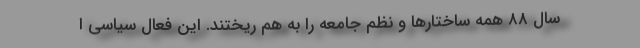
سال ۸۸ همه ساختارها و نظم جامعه را به هم ریختند. این فعال سیاسی ا